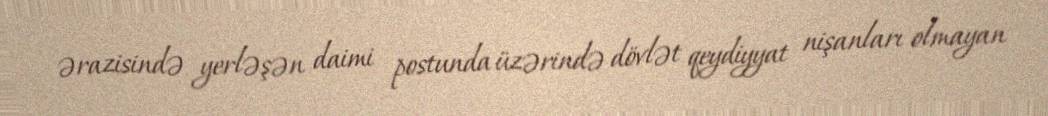
ərazisində yerləşən daimi postunda üzərində dövlət qeydiyyat nişanları olmayan